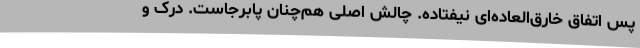
پس اتفاق خارق‌العاده‌ای نیفتاده. چالش اصلی هم‌چنان پابرجاست. درک و